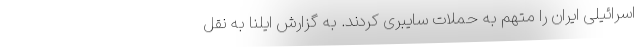
اسرائیلی ایران را متهم به حملات سایبری کردند. به گزارش ایلنا به نقل